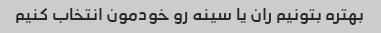
بهتره بتونیم ران یا سینه رو خودمون انتخاب کنیم